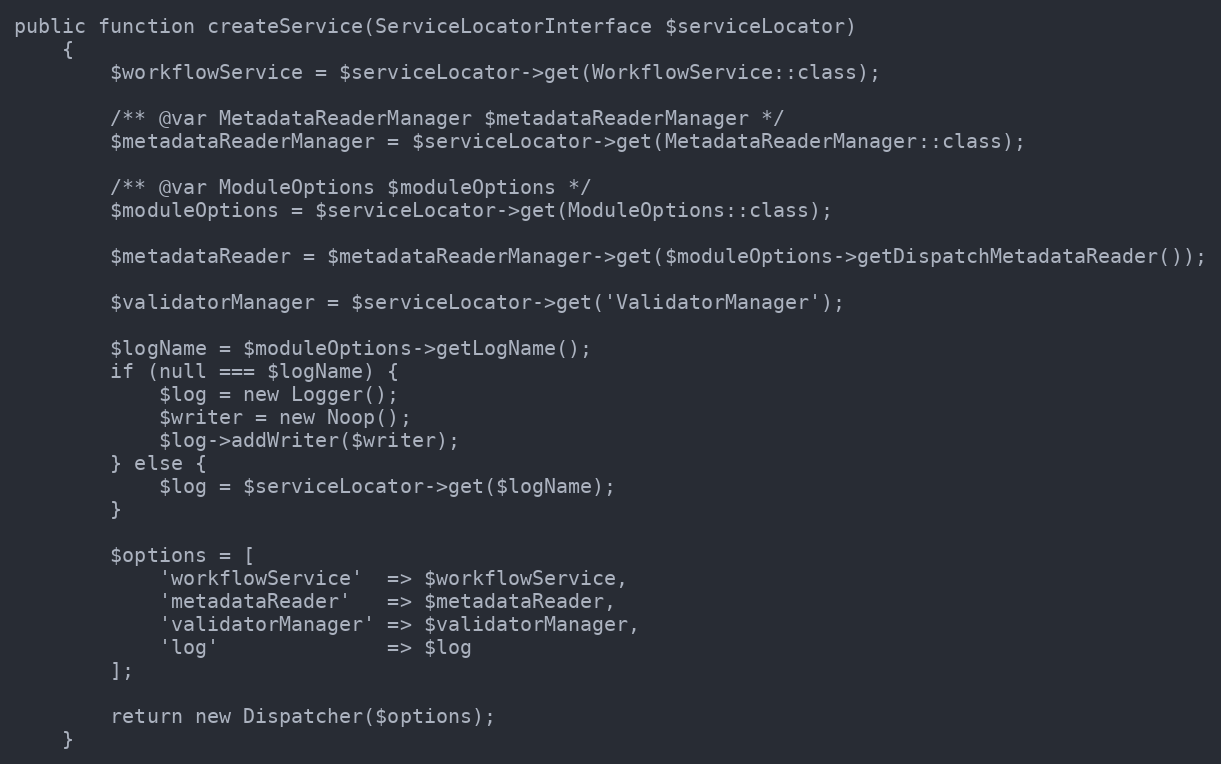
Language: PHP
public function createService(ServiceLocatorInterface $serviceLocator)
    {
        $workflowService = $serviceLocator->get(WorkflowService::class);

        /** @var MetadataReaderManager $metadataReaderManager */
        $metadataReaderManager = $serviceLocator->get(MetadataReaderManager::class);

        /** @var ModuleOptions $moduleOptions */
        $moduleOptions = $serviceLocator->get(ModuleOptions::class);

        $metadataReader = $metadataReaderManager->get($moduleOptions->getDispatchMetadataReader());

        $validatorManager = $serviceLocator->get('ValidatorManager');

        $logName = $moduleOptions->getLogName();
        if (null === $logName) {
            $log = new Logger();
            $writer = new Noop();
            $log->addWriter($writer);
        } else {
            $log = $serviceLocator->get($logName);
        }

        $options = [
            'workflowService'  => $workflowService,
            'metadataReader'   => $metadataReader,
            'validatorManager' => $validatorManager,
            'log'              => $log
        ];

        return new Dispatcher($options);
    }